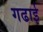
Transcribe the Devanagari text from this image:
गढाई